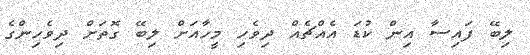
ލިބޭ ފައިސާ އިން ކުޑަ އެއްޗެއް ދިވެހި މީހާއަށް ލިބޭ ގޮތަށް ދިވެހިންގެ